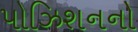
પોઝિશનનો